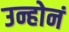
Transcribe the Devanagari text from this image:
उन्होनं